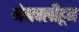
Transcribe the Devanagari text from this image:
मेणवलीहून